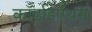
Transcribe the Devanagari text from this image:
कॉर्डाइऐंथस